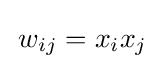
\,w_{ij}=x_{i}x_{j}